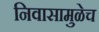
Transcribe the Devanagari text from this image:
निवासामुळेच